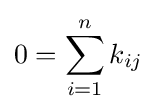
0=\sum _{i=1}^{n}{k_{ij}}